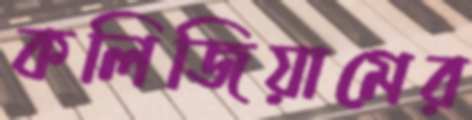
কলিজিয়ামের